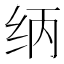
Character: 𰬃